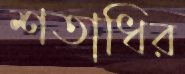
শতাধির